Annual statistical returns and brief notes on vaccination in Bengal - 1909-1929
Year: 1909
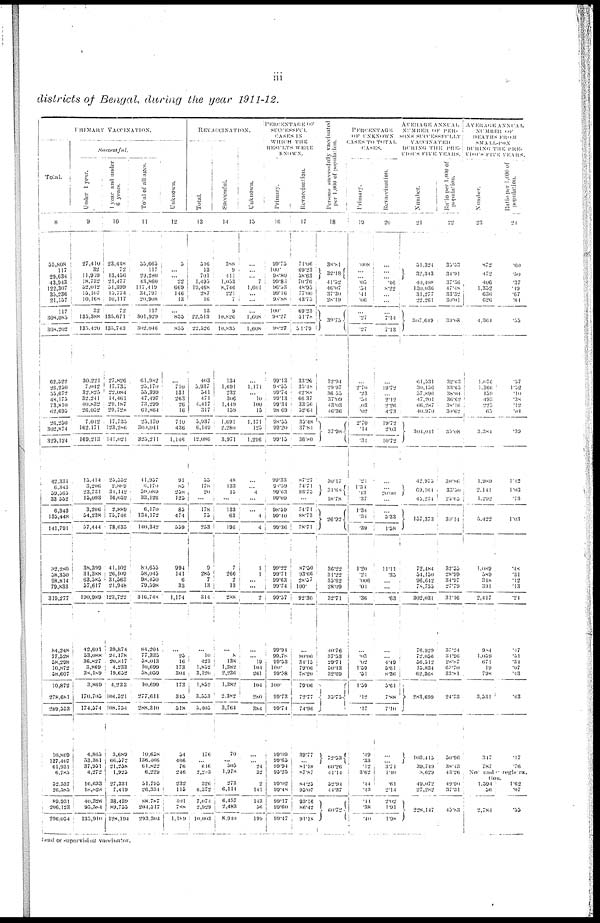
iii
districts of Bengal, during the year 1911-12.
PRIMARY VACCINATION.
Total.
8
35,808
117
29,634
43,943
122,307
35,236
21,157
117
308,085
308,202
62,522
26,250
55,672 48,175
73,810
63,695
26,250
302,874
329,124
42,331
6,343
59,365
33,532
6,343
135,448
141,791
82,280
58,350
98,814
79,833
319,277
84,248
77,528
58,298
10,872
58,607
10,822
278,681
289,553
10,809
137,407
61,931
6,785
52,537
26,585
89,931
206,123
296,054
Successful.
Under 1 year.
9
27,410
32
11,959
18,732
52,012
15,107
10,168
32
135,388
131,420
30,221
7,042
32,825
32,241
40,832
26,052
7,042
162,171
169,213
15,414
3,206
23,731
13,093
3,206
54,238
57,444
38,399
31,388
63,585
57,617
190,989
42,601
53,088
36,827
3,869
38,189
3,869
170,705
174,374
4,865
53,361
37,951
4,272
16,633
18,828
40,326
93,584
135,910
1 year and under
6 years.
10
23,448
72
13,456
21,477
51,399
15,774
10,117
72
135,671
135,743
27,826
17,735
22,084
14,461
29,187
29,728
17,733
123,286
111,021
25,552
2,889
31,142
16,052
2,889
75,746
78,635
41,102
26,100
31,563
21,948
123,722
39,874
24,178
20,817
4,233
19,652
4,233
104,521
108,754
3,689
66,572
21,258
1,925
27,331
7,419
38,439
89,755
128,194
Total of all ages.
11
53,665
117
29,280
43,860
117,419
31,797
20,908
117
301,929
302,046
61,982
25,170
55,399
47,497
73,299
61,864
25,170
300,041
325,211
11,957
6,170
59,089
33,126
6,170
134,172
140,342
81,655
58,045
98,450
79,598
316,748
84,201
77,335
38,013
10,699
58,059
10,699
277,611
288,310
10,658
136,466
61,822
6,229
31,795
26,331
88,787
201,317
293,304
Unknown.
12
5
...
...
22
669
146
13
...
855
855
...
710
131
263
26
16
710
436
1,146
91
85
258
125
85
474
559
994
141
6
33
1,174
...
25
16
173
304
173
315
518
54
466
76
246
232
115
401
788
1,199
REVACCINATION.
Total.
13
516
13
701
1,495
19,468
287
16
13
22,513
22,526
403
3,937
541
471
4,417
317
5,937
6,140
12,086
55
178
20
...
178
73
253
9
285
7
13
314
...
10
423
1,852
3,120
1,852
3,553
5,405
176
... 646
2,203
326
6,572
7,074
2,929
10,003
Successful.
14
388
9
411
1,053
8,746
221
7
9
10,826
10,835
131
1,691
232
306
1,419
150
1,691
2,280
3,971
48
133
15
...
133
63
196
7
266
2 13
288
...
8
138
1,382
2,236
1,382
2,382
3,764
70
... 505
1,978
273
6,114
6,457
2,483
8,940
Unknown.
15
...
...
...
7
1,601
...
...
...
1,608
1,608
...
1,171
...
10
100
13
1,171
125
1,296
...
...
4
...
...
4
4
1
1
...
...
2
...
... 19
104
261
104
280
384
...
... 24
32
2
141
143
56
199
PERCENTAGE
OF
SUCCEESSFUL
CASES
IN
WHICH THE
RESULTS WERE
KNOWN.
Primary.
16
99.75
100.
98.80
99.80
96.03
90.16
98.88
100.
90.27
98.27
99.13
90.55
99.74
99.13
99.34
98.69
97.55
99.20
99.15
99.33
90.59
99.63
99.00
98.59
99.10
99.36
99.22
99.71
99.63
99.74
99.57
99.91
99.78
99.53
100.
99.58
100
99.73
99.74
99.09
99.65
99.94
95.25
99.02
99.48
99.17
99.60
99.47
Revaccinations.
17
71.06
69.23
58.63
70.76
48.95
77.00
43.75
69.23
51.78
51.79
33.25
35.18
42.88
66.37
33.56
32.61
33.48
37.81
36.80
87.27
74.71
93.75
...
74.71
88.73
78.71
87.50
93.66
28.57
100.
92.30
...
80.00
34.15
79.06
78.20
79.06
72.77
74.96
39.77
...
81.18
87.87
84.25
95.07
93.16
86.42
91.18
Persons successfully vaccinated
per 1,000 of population.
18
38.81
32.18
41.52
46.07
37.30
28.19
30.75
32.94
29.97
36.55
37.09
43.03
16.36
37.98
30.17
31.68
18.78
26.92
36.22
31.22
35.62
28.09
32.71
40.76
37.53
29.71
50.13
32.69
35.75
72.53
60.26
41.14
52.94
44.37
60.72
PERCENTAGE
OF UNKNOWN
CASES
TO TOTAL.
CASES.
Primary
19
008
...
...
.05
.51
.11
.06
...
.27
.27
...
2.70
.23
.51
.03
.02
2.70
.14
.31
.21
1.31
. 13
.37
1.34
.34
.39
1.20
.21
.006
.04
.36
...
.03
.02
1.50
.51
1.59
.12
.17
.19
.33
.12
3.62
.44
.43
.41
.38
.40
Revaccinations.
20
...
...
...
.46
8.22
...
...
...
7.14
7.13
...
19.72
...
2.12
2.26
4.73
19.72
2.03
10.72
...
20.00
...
...
5.33
1.38
11.11
.33
...
...
.63
...
... 4.49
5.61
8.36
5.61
7.88
7.10
...
... 3.71
1.40
.61
2.14
2.02
1.91
1.98
AVERAGE ANNUAL
NUMBER
OF
PER-
SONS SUCCESSFULLY
VACCINATED
DURING THE
PRE-
VIOUS FIVE YEARS.
Number.
21
51,324
32,313
40,108
130,036
31,277
22,261
307,619
61,531
30,156
57,896
17,201
66,287
40,970
304,011
42,975
69,161
15,234
157,373
72,484
51,150
96,642
78,755
302,031
76,929
72,056
56,512
15,834
62,368
283,699
103,415
39,749
3,629
49,072
27,282
228,147
Ratio per 1,000 of
population.
22
35.53
34.91
37.36
47.18
33.32
30.01
39.08
32.63
33.65
38.01
36.62
38.16
30.62
35.08
30.86
33.50
23.65
30.11
32.55
28.99
34.97
27.79
31.16
37.24
31.96
28.87
65.70
33.81
24.73
50.96
38.43
43.26
49.90
37.31
45.83
AVERAGE
ANNUAL
NUMBER
OF
DEATHS
FROM
SMALL-POX
DURING THE
PRE-
VIOUS FIVE YEARS.
Number.
23
872
472
406
1,352
636
626
4,361
1,076
1,366
159
193
225
65
3,384
1,989
2,141
1,292
5,422
1,089
589
348
391
2,417
984
1,059
671
19
798
3,531
317
787
Ratio per 1,000 of
population.
24
.60
.50
.37
.19
.67
.81
.55
.57
1.52
.10
.38
.12
.04
.39
1.12
1.03
.73
1.03
.48
.31
.12
.13
.21
.17
.31
.34
.07
.43
.43
.17
.76
No under registra-
tion.
1,594
56
2,784
1.62
.07
.55
head or supervising vaccinator.